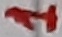
Text: 1